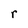
Character: r